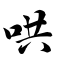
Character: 哄